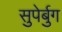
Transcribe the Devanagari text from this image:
सुपेर्बुग